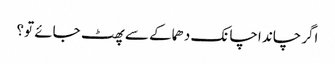
اگرچاند اچانک دھماکے سے پھٹ جائے تو؟